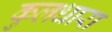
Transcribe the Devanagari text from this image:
कुलधारा